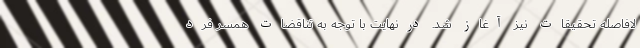
لافاصله تحقیقات نیز آغاز شد. درنهایت با توجه به تناقضات همسر فرد